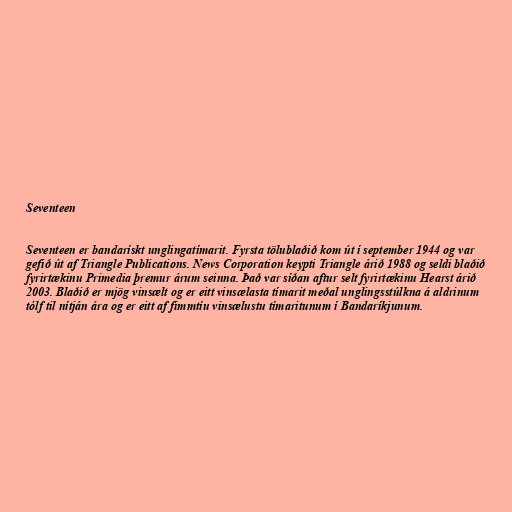
Seventeen

Seventeen er bandarískt unglingatímarit. Fyrsta tölublaðið kom út í september 1944 og var
gefið út af Triangle Publications. News Corporation keypti Triangle árið 1988 og seldi blaðið
fyrirtækinu Primedia þremur árum seinna. Það var síðan aftur selt fyrirtækinu Hearst árið
2003. Blaðið er mjög vinsælt og er eitt vinsælasta tímarit meðal unglingsstúlkna á aldrinum
tólf til nítján ára og er eitt af fimmtíu vinsælustu tímaritunum í Bandaríkjunum.